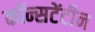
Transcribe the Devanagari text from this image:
कॉन्सटेंटीन